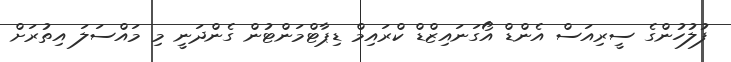
ފުލުހުންގެ ސީރިއަސް އެންޑް އޯގަނައިޒްޑް ކްރައިމް ޑިޕާޓްމަންޓުން ގެންދަނީ މި މައްސަލަ އިތުރަށް